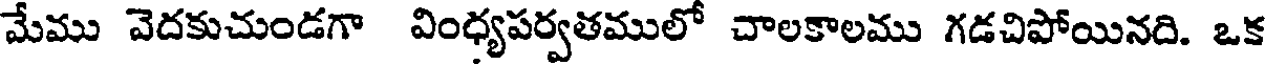
మేము వెదకుచుండగా వింధ్యపర్వతములో చాలకాలము గడచిపోయినది. ఒక